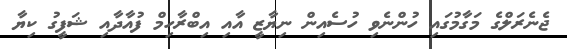
ޖެނެރަލްގެ މަގާމުގައި ހުންނެވި ހުސެއިން ނިޔާޒީ އާއި އިބްރާހިމް ފުއާދާއި ޝަފީގު ކިޔާ